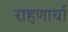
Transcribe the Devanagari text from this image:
राहणार्या